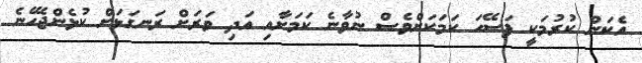
އެކަން ކުރުމަކީ ފަސޭހަ ކަމަކަށްވެސް ނުވާނެ ކަމަށާއި އަދި ވަރަށް ރަނގަޅަށް ކުޅެންޖެހޭނެ